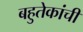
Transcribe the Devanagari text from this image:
बहुतेकांची